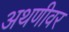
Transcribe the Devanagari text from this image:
अथणीवर